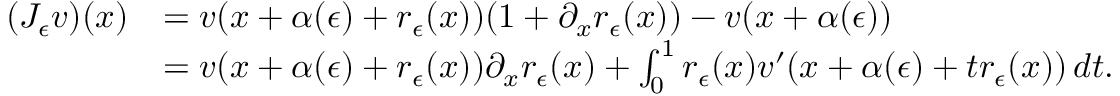
\begin{array} { r l } { ( J _ { \epsilon } v ) ( x ) } & { = v ( x + \alpha ( \epsilon ) + r _ { \epsilon } ( x ) ) ( 1 + \partial _ { x } r _ { \epsilon } ( x ) ) - v ( x + \alpha ( \epsilon ) ) } \\ & { = v ( x + \alpha ( \epsilon ) + r _ { \epsilon } ( x ) ) \partial _ { x } r _ { \epsilon } ( x ) + \int _ { 0 } ^ { 1 } r _ { \epsilon } ( x ) v ^ { \prime } ( x + \alpha ( \epsilon ) + t r _ { \epsilon } ( x ) ) \, d t . } \end{array}